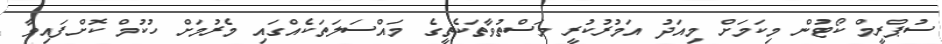
ސުޕްރީމް ކޯޓުން މިކަމަށް މިއަދު އަމުރުކުރީ މަސްތުވާތަކެތީގެ މައްސަލަތަކެއްގައި މެރުމަށް ހުކުމް ކޮށްފައިވާ